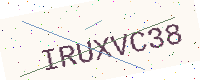
Text: IRUXVC38